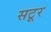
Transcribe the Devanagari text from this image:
सटूर